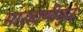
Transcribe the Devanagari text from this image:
मारहाणीमुळे